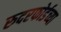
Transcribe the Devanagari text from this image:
रुदरफोर्डच्या